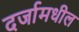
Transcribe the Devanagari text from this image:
दर्जामधील